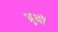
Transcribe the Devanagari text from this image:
च्रुचों